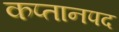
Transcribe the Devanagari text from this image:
कप्तानपद